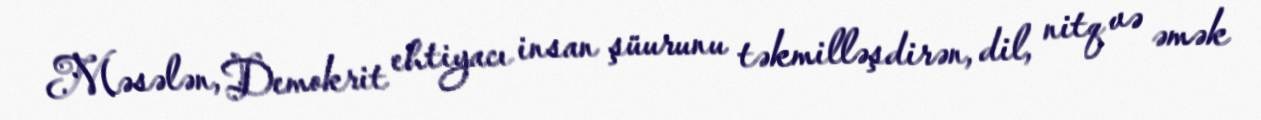
Məsələn, Demokrit ehtiyacı insan şüurunu təkmilləşdirən, dil, nitq və əmək